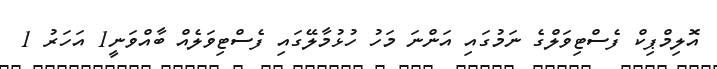
އޮލިމްޕިކް ފެސްޓިވަލްގެ ނަމުގައި އަންނަ މަހު ހުޅުމާލޭގައި ފެސްޓިވަލެއް ބާއްވަނީ1 އަހަރު 1